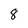
Character: 8